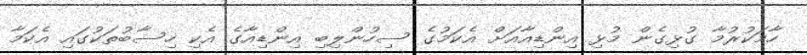
ހާމަކުރުމާ ގުޅިގެން މުޅި އިންޑިއާއަށް އެކަމުގެ ސިހުންލިބި އިންޑިއާގެ އެކި ހިސާބުތަކުގައި އެކަމާ